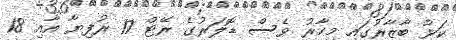
ކަޅު ބާޒާރުގައި މިހާރު ވެސް ޑޮލަރުގެ ރޭޓް 17 ރުފިޔާ އާއި 18